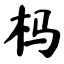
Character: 杩